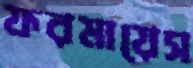
ফরমায়েস